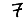
Digit: 7